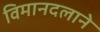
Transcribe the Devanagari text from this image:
विमानदलाने